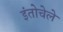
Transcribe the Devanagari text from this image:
इंतोचेले